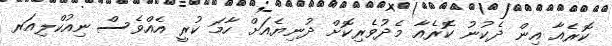
ކޮރެއާ އިން ދެކުނު ކޮރެއާ މެދުވެރިކޮށް ދުނިޔެއަށް ހާމަ ކުރީ އެއްވެސް ނިއުކްލިއަރ